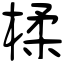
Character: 楺